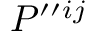
{ \cal { P } } ^ { \prime \prime } { } ^ { i j }